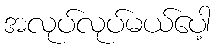
အလုပ်လုပ်မယ်ပေါ့